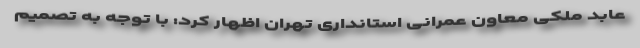
عابد ملکی معاون عمرانی استانداری تهران اظهار کرد: با توجه به تصمیم